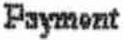
PAYMENT